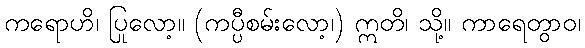
ကရောဟိ၊ ပြုလော့။ (ကပ္ပီစမ်းလော့၊) ဣတိ၊ သို့။ ကာရေတွာဝ၊